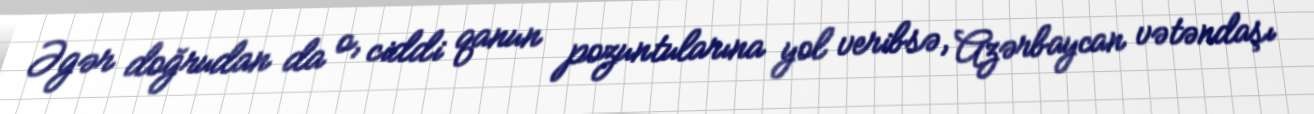
Əgər doğrudan da o, ciddi qanun pozuntularına yol veribsə, Azərbaycan vətəndaşı